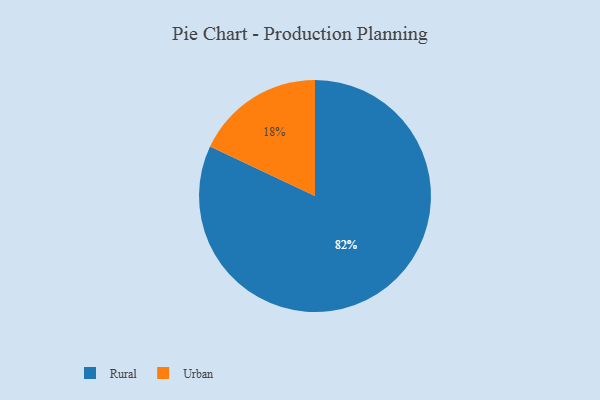
{"axis": {"x": "Category", "y": "Percentage"}, "legend": ["Rural", "Urban"], "data": [{"x": "Urban", "y": 18, "type": "Urban"}, {"x": "Rural", "y": 82, "type": "Rural"}]}